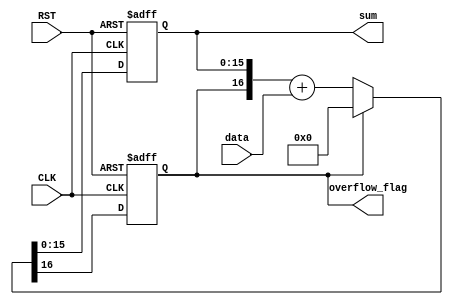
/***********************************************
Module Name:   sum
Feature:       Accumulator of unsigned numbers
Coder:         Garfield
Organization:  XXXX Group, Department of Architecture
------------------------------------------------------
Input ports:   CLK, 1 bit, clock
               RST, 1 bit, reset
               data, 8 bits, input data to be added, unsiged
                     one void value in one clock
Output Ports:  sum, 16 bits, summary, unsigned
               over_flow_flag, is 1 when summary over flowing
------------------------------------------------------
History:
12-24-2015: First Version by Garfield
12-24-2015: First verified by Sum_test
***********************************************/

module sum
  ( 
    input CLK, input RST,
    input[7:0] data,
    output reg[15:0]sum,
	  output reg overflow_flag 
  );
  
//Load other module(s)

//Definition for Variables in the module


//Logical
always @(posedge CLK, negedge RST)
begin
    if (!RST)
    //Reset
    begin
       {overflow_flag, sum} <= 17'h0_0000;
    end
    else if (overflow_flag)
    //Over flew and reset
    begin
        {overflow_flag, sum} <= 17'h0_0000;
    end
    else 
    //Data comes
    begin
    	{overflow_flag, sum} <= {overflow_flag, sum} + {9'h000, data};
    end
end

endmodule